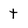
Character: t